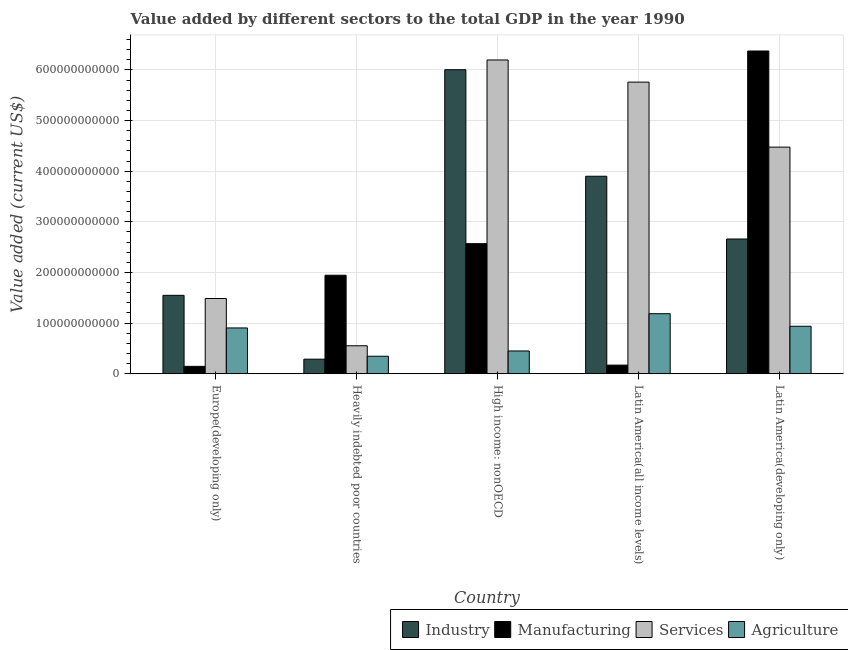
| Country | Industry | Manufacturing | Services | Agriculture |
 | --- | --- | --- | --- | --- |
 | Europe(developing only) | 1.55e+11 | 1.46e+10 | 1.49e+11 | 9.04e+10 |
 | Heavily indebted poor countries | 2.88e+10 | 1.95e+11 | 5.52e+10 | 3.46e+10 |
 | High income: nonOECD | 6.01e+11 | 2.57e+11 | 6.2e+11 | 4.5e+10 |
 | Latin America(all income levels) | 3.9e+11 | 1.7e+10 | 5.76e+11 | 1.19e+11 |
 | Latin America(developing only) | 2.66e+11 | 6.38e+11 | 4.48e+11 | 9.38e+10 |